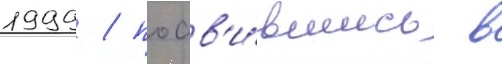
1999 / поав'и́вшись в